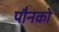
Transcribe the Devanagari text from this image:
पौनको